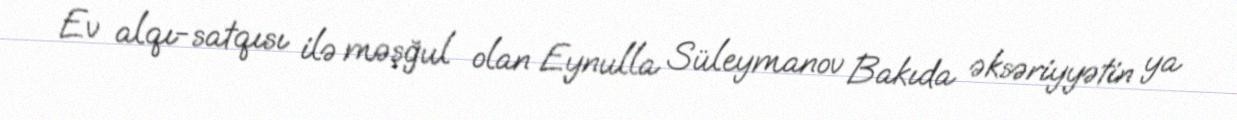
Ev alqı-satqısı ilə məşğul olan Eynulla Süleymanov Bakıda əksəriyyətin ya